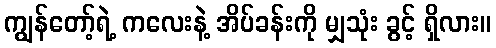
ကျွန်တော့်ရဲ့ ကလေးနဲ့ အိပ်ခန်းကို မျှသုံး ခွင့် ရှိလား။